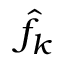
\hat { f } _ { k }